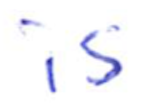
Text: is
Cross-out: clean
Writing tool: ballpoint